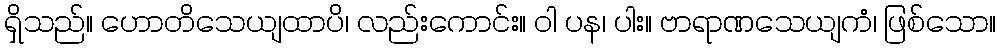
ရှိသည်။ ဟောတိသေယျထာပိ၊ လည်းကောင်း။ ဝါ ပန၊ ပါး။ ဗာရာဏသေယျကံ၊ ဖြစ်သော။